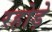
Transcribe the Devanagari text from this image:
रहोड़े